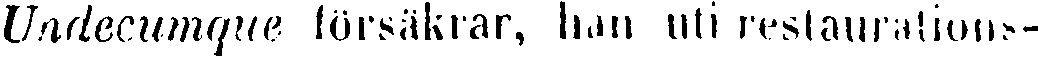
Undecumque försäkrar, ban uti restaurations-